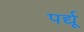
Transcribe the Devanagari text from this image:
पर्द्यू